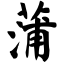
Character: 蒲